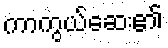
ကာကွယ်ဆေး၏